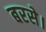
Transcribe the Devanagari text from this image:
बरसे।